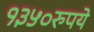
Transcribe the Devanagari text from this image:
१३५०रुपये